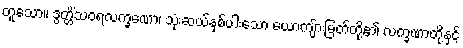
တူသော။ ဒွတ္တိံသဝရလက္ခဏော၊ သုံးဆယ်နှစ်ပါးသော ယောကျ်ားမြတ်တို့၏ လက္ခဏာတို့နှင့်